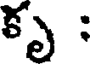
కృ :